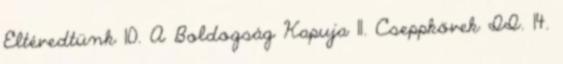
Eltévedtünk 10. A Boldogság Kapuja 11. Cseppkövek II. 14.